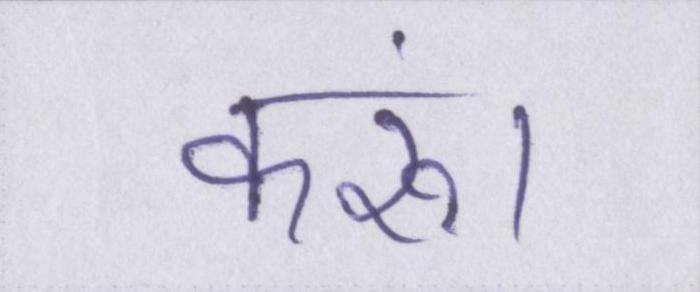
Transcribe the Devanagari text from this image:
करूं।